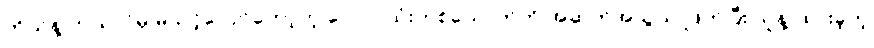
ကိုယ်နဲ့ ဘယ်လိုမှ မသင့်လျော်တော့တဲ့ လောင်ထုံးတစ်ယောက်ကို အဆက်အသွယ် ဖြတ်ပြီး သူနဲ့ ထားခဲ့တဲ့